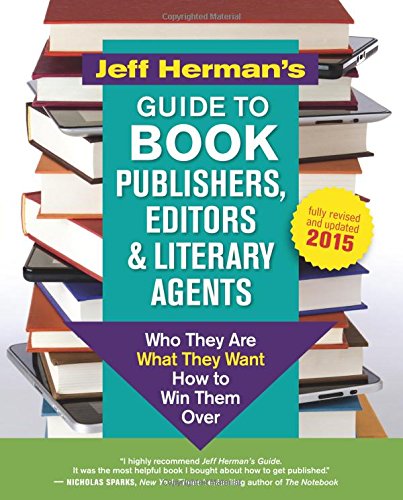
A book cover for Jeff Herman's Guide to Book Publishers, Editors and Literary Agents: Who They Are, What They Want, How to Win Them Over (Jeff Herman's Guide to Book Editors, Publishers, and Literary Agents); Jeff Herman; Reference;